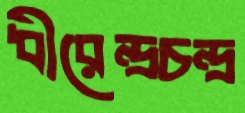
ধীরেন্দ্রচন্দ্র